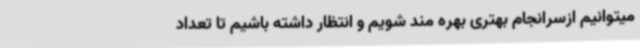
میتوانیم ازسرانجام بهتری بهره مند شویم و انتظار داشته باشیم تا تعداد